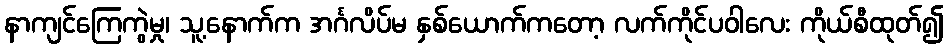
နာကျင်ကြေကွဲမှု၊ သူ့နောက်က အင်္ဂလိပ်မ နှစ်ယောက်ကတော့ လက်ကိုင်ပဝါလေး ကိုယ်စီထုတ်၍